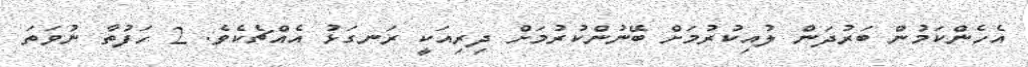
އެހެންކަމުން ބަރުދަން ލުއިކުރުމަށް ބޭނުންކުރުމަށް ދިރިއަކީ ރަނގަޅު އެއްޗެކެވެ. 2 ހަފުތާ ނުވަތަ